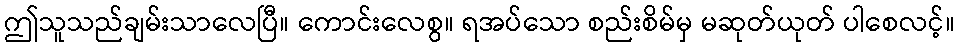
ဤသူသည်ချမ်းသာလေပြီ။ ကောင်းလေစွ။ ရအပ်သော စည်းစိမ်မှ မဆုတ်ယုတ် ပါစေလင့်။